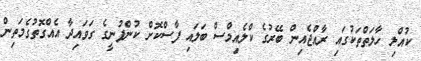
ކުއްލި ހާލަތްތަކުގައި ރާއްޖެއިން ބޭރުގެ ކްލެއިމްސް ބަލައި ފާސްކޮށް ކުންފުނީގެ ގަވައިދާ އެއްގޮތުގެމަތިން